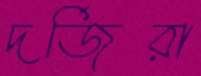
দর্জিরা